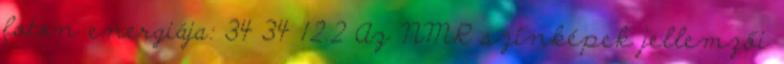
foton energiája: 34 34 12.2 Az NMR színképek jellemzői